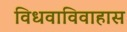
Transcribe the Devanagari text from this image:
विधवाविवाहास